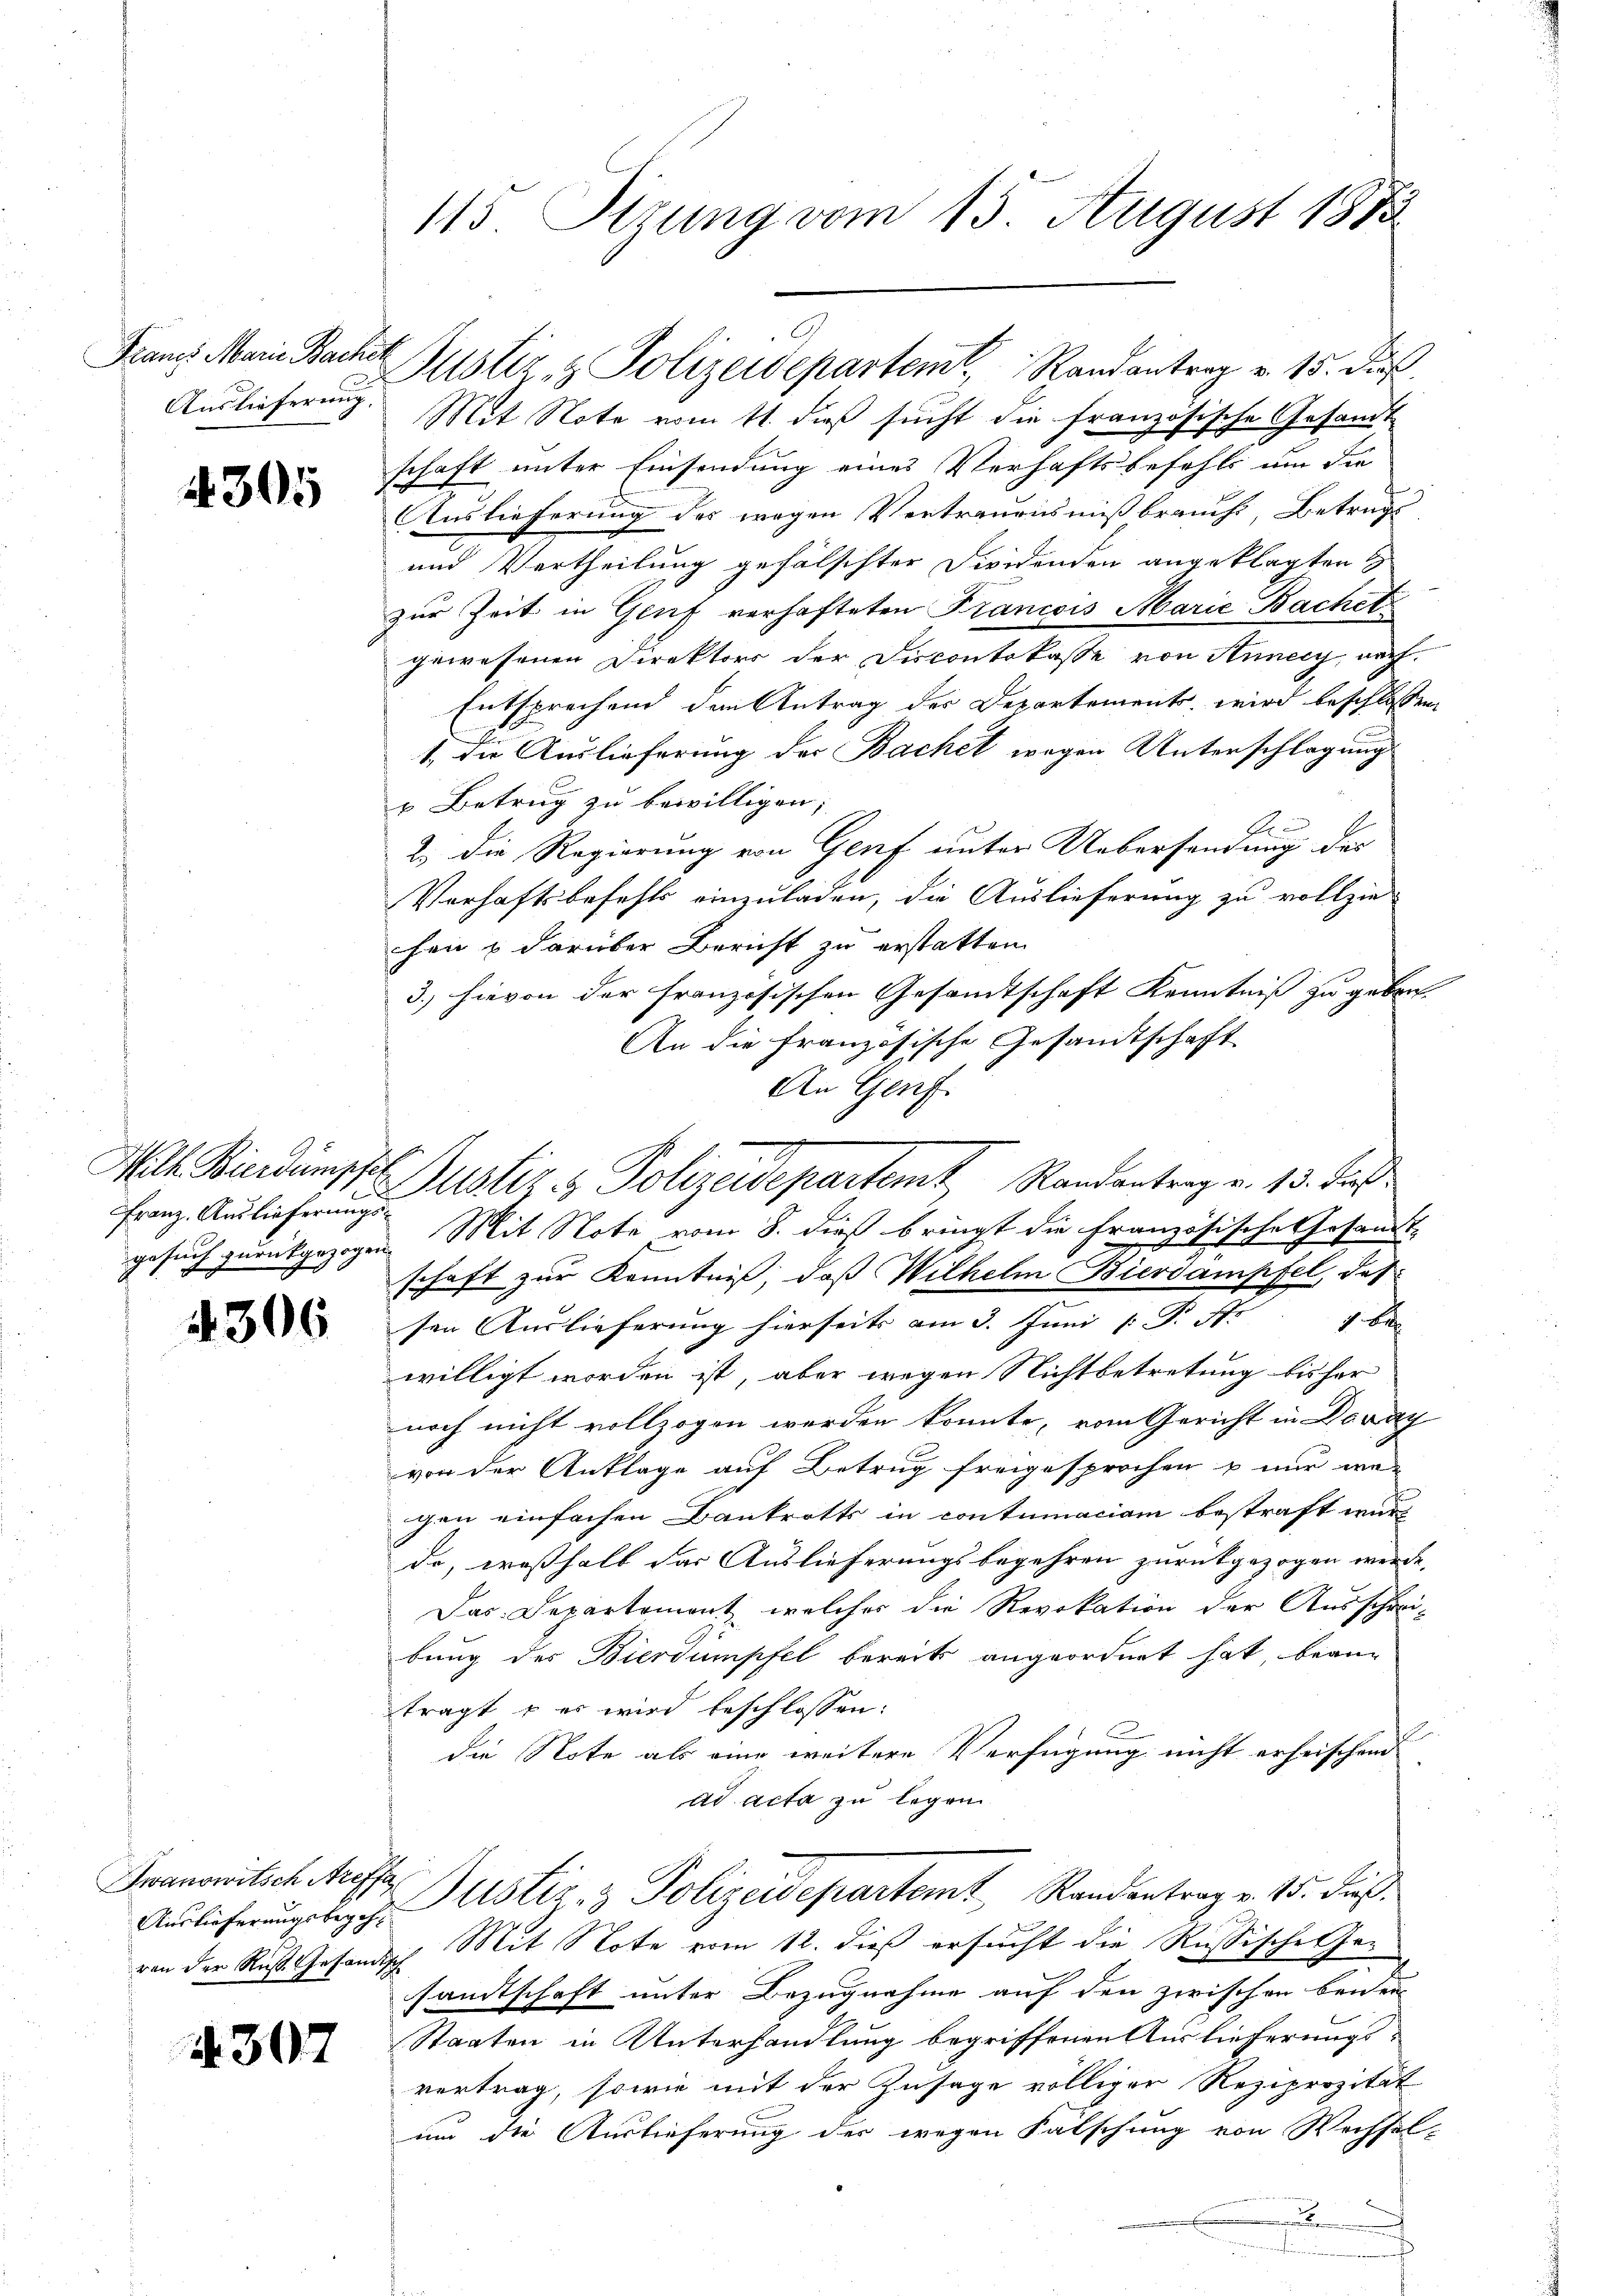
Francs Marie Bachen
Auslieferung.

1305

Franz. Auslieferungs¬

4306

Iwanowitsch Areffa

4307

Mit Note vom 11. dieß sucht die französische Gesamt
schaft unter Einsendung eines Verhaftsbefehls um die
Auslieferung des wegen Vertrauensmißbrauch, Betrug
und Vertheilung gefälschter Dividenden angeklagten
zur Zeit in Genf verhafteten Francois Marie Bachet
gewesenen Direktors der Discontokasse von Annecy, nach
Entsprechend dem Antrag der Departements wird beschlossen
1. Die Auslieferung der Bachet wegen Unterschlagung
u Betrug zu bewilligen;
2.) Die Regierung von Genf unter Uebersendung des
Verhaftsbefehls einzuladen, die Auslieferung zu vollzie
hen & darüber Bericht zu erstatten.
3.) hievon der französischen Gesandtschaft Kenntniß zu geben.
An die französische Gesandtschaft
An Genf.
gesuch zurückgezogen. Mit Note vom 8. dieß bringt die Französische Gesandt-
schaft zur Kenntniß, daß Wilhelm Bierdampfel, daß
sen Auslieferung hierseits am 3. Juni [ P. Nr. 4 be
willigt worden ist, aber wegen Nichtbetretung bisher
noch nicht vollzogen werden konnte, vom Gericht in Davay
von der Anklage auf Betrug freigesprochen u nur wegen einfachen Bankrotts in contumaciam bestraft wurd
de, weßhalb das Auslieferungsbegehren zurückgezogen werde, |
Das Departement, welches die Revokation der Ausschrei-
bung des Bierdumpfel bereits angeordnet hat, beanträgt u es wird beschlossen:
t
die Note als eine weitere Verfügung nicht erheischen
ad acta zu legen
Andlicherungsbegg. Astiz- & Polizeidepartemt, Randentrag v. 15. dies
von der Ruß. Gesandtsch Mit Note vom 12. dieß ersucht die Russische Gesandtschaft unter Bezugnahme auf den zwischen benen
Staaten in Unterhandlung begriffenen Auslieferungs-
vertrag, sowie mit der Zusage völliger Reziprozität
und die Auslieferung der wegen Fälschung von Wechsel-
.

113 Stzung vom 15. August 1873

Justiz- & Polizeidepartem Randantrag v. 15. Dis

Mll Bierdunscht. Justiz & Polizeidepartemt, Randantrag v. 13. Fuß